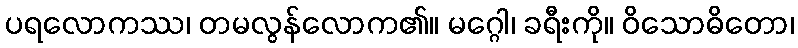
ပရလောကဿ၊ တမလွန်လောက၏။ မဂ္ဂေါ၊ ခရီးကို။ ဝိသောဓိတော၊